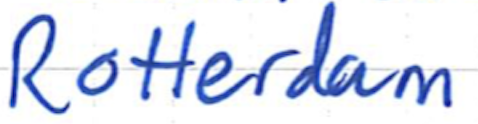
Text: Rotterdam
Cross-out: clean
Writing tool: ballpoint